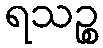
ရသဉ္စ